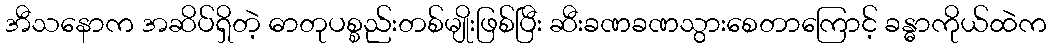
အီသနောက အဆိပ်ရှိတဲ့ ဓာတုပစ္စည်းတစ်မျိုးဖြစ်ပြီး ဆီးခဏခဏသွားစေတာကြောင့် ခန္ဓာကိုယ်ထဲက